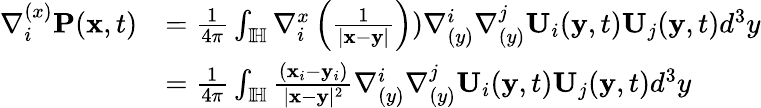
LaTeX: \begin{array}{rl}{\nabla_{i}^{(x)}\mathbf{P}(\mathbf{x},t)}&{=\frac{1}{4\pi}\int_{\mathbb{I\! H}}\nabla_{i}^{x}\left(\frac{1}{|\mathbf{x}-\mathbf{y}|}\right))\nabla_{(y)}^{i}\nabla_{(y)}^{j}{\mathbf{U}}_{i}(\mathbf{y},t){\mathbf{U}}_{j}(\mathbf{y},t)d^{3}y}\\ &{=\frac{1}{4\pi}\int_{\mathbb{I\! H}}\frac{(\mathbf{x}_{i}-\mathbf{y}_{i})}{|\mathbf{x}-\mathbf{y}|^{2}}\nabla_{(y)}^{i}\nabla_{(y)}^{j}{\mathbf{U}}_{i}(\mathbf{y},t){\mathbf{U}}_{j}(\mathbf{y},t)d^{3}y}\end{array}